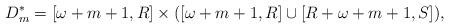
LaTeX: \begin{align*} D_m^*=[\omega+m+1, R] \times([\omega+m+1, R] \cup [R+\omega+m+1, S]), \end{align*}